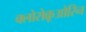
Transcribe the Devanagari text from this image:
क्लोरोक्रूओरिन